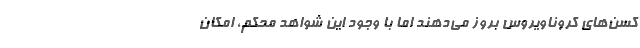
کسن‌های کروناویروس بروز می‌دهند اما با وجود این شواهد محکم، امکان